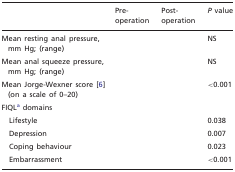
<table><thead><tr><td>[EMPTY_CELL]</td><td><b>Pre- operation</b></td><td><b>Post- operation</b></td><td><b><i>P</i> value</b></td></tr></thead><tbody><tr><td>Mean resting anal pressure, mm Hg; (range)</td><td>[EMPTY_CELL]</td><td>[EMPTY_CELL]</td><td>NS</td></tr><tr><td>Mean anal squeeze pressure, mm Hg; (range)</td><td>[EMPTY_CELL]</td><td>[EMPTY_CELL]</td><td>NS</td></tr><tr><td>Mean Jorge-Wexner score [6] (on a scale of 0–20)</td><td>[EMPTY_CELL]</td><td>[EMPTY_CELL]</td><td>&lt;0.001</td></tr><tr><td>FIQL<sup>a</sup> domains</td><td>[EMPTY_CELL]</td><td>[EMPTY_CELL]</td><td>[EMPTY_CELL]</td></tr><tr><td>Lifestyle</td><td>[EMPTY_CELL]</td><td>[EMPTY_CELL]</td><td>0.038</td></tr><tr><td>Depression</td><td>[EMPTY_CELL]</td><td>[EMPTY_CELL]</td><td>0.007</td></tr><tr><td>Coping behaviour</td><td>[EMPTY_CELL]</td><td>[EMPTY_CELL]</td><td>0.023</td></tr><tr><td>Embarrassment</td><td>[EMPTY_CELL]</td><td>[EMPTY_CELL]</td><td>&lt;0.001</td></tr></tbody></table>